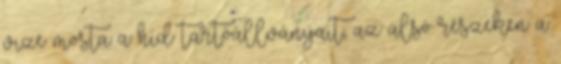
vize mosta a híd tartóállványait, az alsó részeken a